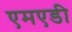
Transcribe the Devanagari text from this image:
एमएडी